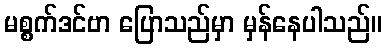
မစ္စက်ဒင်ဗာ ပြောသည်မှာ မှန်နေပါသည်။